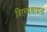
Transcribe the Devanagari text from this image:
शिल्पसाधना